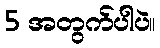
5 အတွက်ပါပဲ။